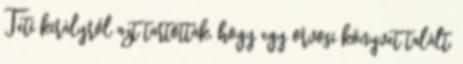
Teti királyról azt tartották, hogy egy orvosi könyvet talált,